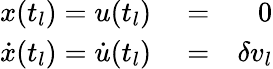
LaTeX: \begin{array}{rlr}{x(t_{l})=u(t_{l})}&{{}=}&{0}\\ {\dot{x}(t_{l})=\dot{u}(t_{l})}&{{}=}&{\delta v_{l}}\end{array}